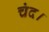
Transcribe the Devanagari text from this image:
चंद।